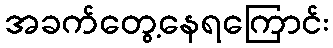
အခက်တွေ့နေရကြောင်း